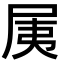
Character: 𡱐